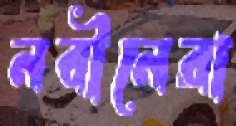
নবীনেরা